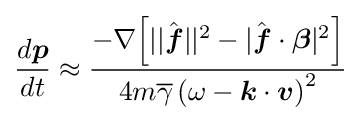
{\frac {d{\boldsymbol {p}}}{dt}}\approx {\frac {-\nabla {\Big [}||{\hat {\boldsymbol {f}}}||^{2}-|{\hat {\boldsymbol {f}}}\cdot {\boldsymbol {\beta }}|^{2}{\Big ]}}{4m{\overline {\gamma }}\left(\omega -{\boldsymbol {k}}\cdot {\boldsymbol {v}}\right)^{2}}}